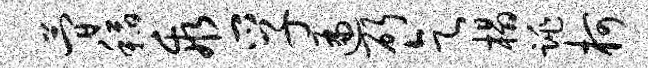
简稻乖孚遍斫乞榻跳柯